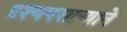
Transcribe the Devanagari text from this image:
दृश्यपसार्‍याने